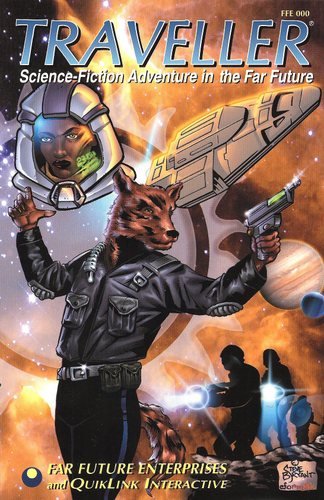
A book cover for Classic Traveller Reprint: The Basic Books (1-3); Marc Miller; Science Fiction & Fantasy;